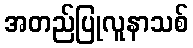
အတည်ပြုလူနာသစ်